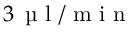
3 \, \mathrm { ~ \textmu ~ l ~ / ~ m ~ i ~ n ~ }